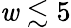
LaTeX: \mathit{w}\lesssim5